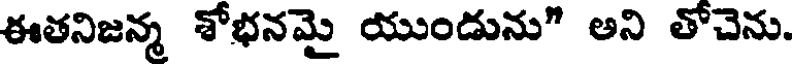
ఈతనిజన్మ శోభనమై యుండును" అని తోచెను.